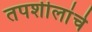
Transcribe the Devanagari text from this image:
तपशीलांचे